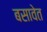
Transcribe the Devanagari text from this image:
बसावेत